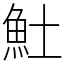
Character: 𩵚